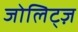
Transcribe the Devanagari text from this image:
जोलिट्ज़